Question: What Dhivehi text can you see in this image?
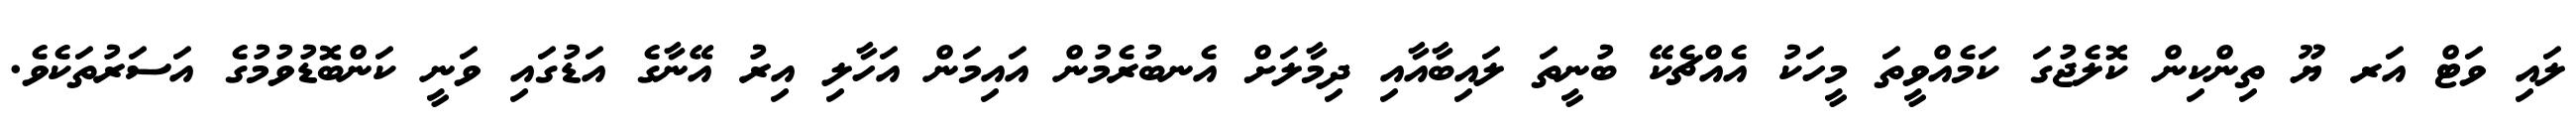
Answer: ލައި ވަޓް އަރ ޔޫ ތިންކިން ކޮލެޖުގަ ކަމެއްވީތަ މީހަކު އެއްޗެކޭ ބުނީތަ ލައިބާއާއި ދިމާލަށް އެނބުރެމުން އައިމަން އަހާލި އިރު އޭނާގެ އަޑުގައި ވަނީ ކަންބޮޑުވުމުގެ އަސަރުތަކެވެ.